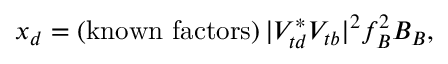
x _ { d } = ( \mathrm { k n o w n ~ f a c t o r s } ) \, | V _ { t d } ^ { * } V _ { t b } | ^ { 2 } f _ { B } ^ { 2 } B _ { B } ,